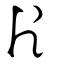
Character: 片